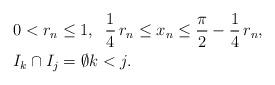
LaTeX: \begin{align*}\begin{aligned} &0<r_n\leq 1, \;\; \frac{1}{4}\,r_n\leq x_n \leq \frac{\pi}{2}-\frac{1}{4}\,r_n, & \\&I_k\cap I_j = \emptyset k<j.& \end{aligned}\end{align*}